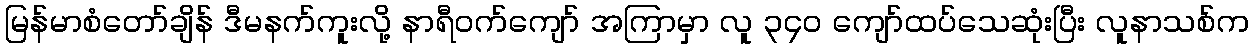
မြန်မာစံတော်ချိန် ဒီမနက်ကူးလို့ နာရီဝက်ကျော် အကြာမှာ လူ ၃၄၀ ကျော်ထပ်သေဆုံးပြီး လူနာသစ်က